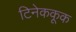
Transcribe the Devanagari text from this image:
टिनेककूक